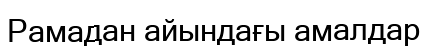
Рамадан айындағы амалдар